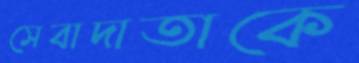
সেবাদাতাকে